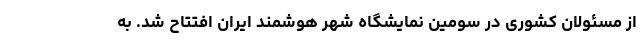
از مسئولان کشوری در سومین نمایشگاه شهر هوشمند ایران افتتاح شد. به